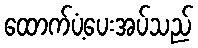
ထောက်ပံ့ပေးအပ်သည်